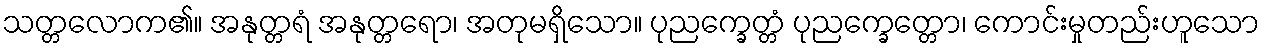
သတ္တလောက၏။ အနုတ္တရံ အနုတ္တရော၊ အတုမရှိသော။ ပုညက္ခေတ္တံ ပုညက္ခေတ္တော၊ ကောင်းမှုတည်းဟူသော